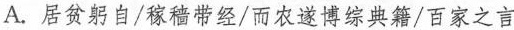
A. 居贫躬自/稼穑带经/而农遂博综典籍/百家之言